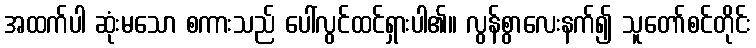
အထက်ပါ ဆုံးမသော စကားသည် ပေါ်လွင်ထင်ရှားပါ၏။ လွန်စွာလေးနက်၍ သူတော်စင်တိုင်း